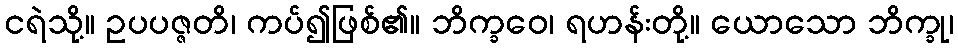
ငရဲသို့။ ဥပပဇ္ဇတိ၊ ကပ်၍ဖြစ်၏။ ဘိက္ခဝေ၊ ရဟန်းတို့။ ယောသော ဘိက္ခု၊